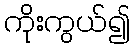
ကိုးကွယ်၍